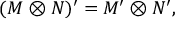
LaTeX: ( M \otimes N ) ^ { \prime } = M ^ { \prime } \otimes N ^ { \prime } ,